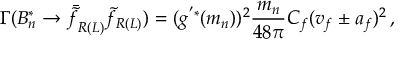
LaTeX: \Gamma ( B _ { n } ^ { * } \rightarrow \bar { \tilde { f } } _ { R ( L ) } \tilde { f } _ { R ( L ) } ) = ( g ^ { ' * } ( m _ { n } ) ) ^ { 2 } \frac { m _ { n } } { 4 8 \pi } C _ { f } ( v _ { f } \pm a _ { f } ) ^ { 2 } \, ,